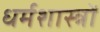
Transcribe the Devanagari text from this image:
धर्मशास्‍त्रों